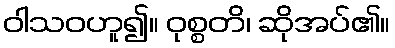
ဝါသဝဟူ၍။ ဝုစ္စတိ၊ ဆိုအပ်၏။